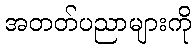
အတတ်ပညာများကို